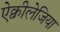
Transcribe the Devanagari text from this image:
ऐक्वीलेजिया